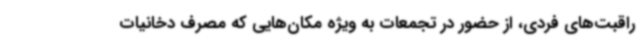
راقبت‌های فردی، از حضور در تجمعات به ویژه مکان‌هایی که مصرف دخانیات